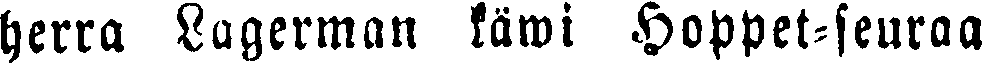
herra Lagerman käwi Hoppet-seuraa